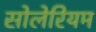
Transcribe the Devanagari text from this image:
सोलेरियम